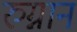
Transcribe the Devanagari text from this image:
रुग्नान